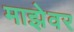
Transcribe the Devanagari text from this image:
माझेवर